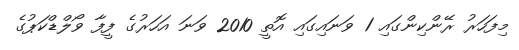
މިފަހަރު ރޭންކިންގައި 1 ވަނައިގައި އޮތީ 2010 ވަނަ އަހަރުގެ ފީފާ ވޯލްޑްކަޕުގެ